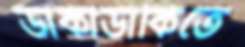
ডাকাডাকিতে